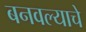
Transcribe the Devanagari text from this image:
बनवल्याचे